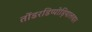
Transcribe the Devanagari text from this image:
तोंडरडिप्पोड़ियालवार